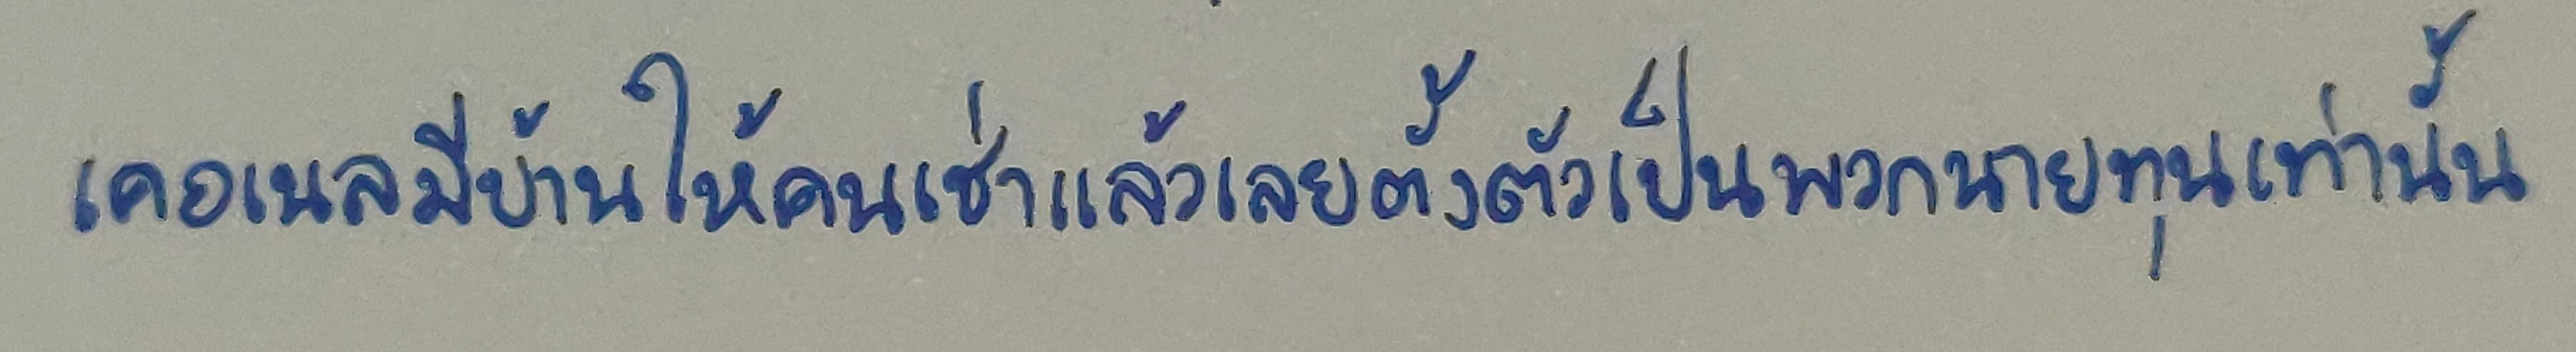
เคอเนลมีบ้านให้คนเช่าแล้วเลยตั้งตัวเป็นพวกนายทุนเท่านั้น